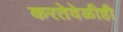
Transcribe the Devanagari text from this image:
करतेवेळीही